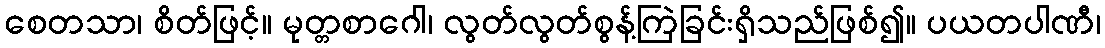
စေတသာ၊ စိတ်ဖြင့်။ မုတ္တစာဂေါ၊ လွတ်လွတ်စွန့်ကြဲခြင်းရှိသည်ဖြစ်၍။ ပယတပါဏီ၊